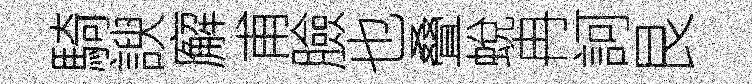
騎諛廨甫臉也叠蛻冉訶艮